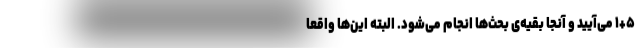
۱+۵ می‌آیید و آنجا بقیه‌ی بحث‌ها انجام می‌شود. البته این‌ها واقعاً‌